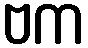
ဗက